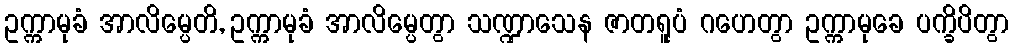
ဥက္ကာမုခံ အာလိမ္ပေတိ, ဥက္ကာမုခံ အာလိမ္ပေတွာ သဏ္ဍာသေန ဇာတရူပံ ဂဟေတွာ ဥက္ကာမုခေ ပက္ခိပိတွာ